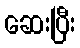
ဆေးပြီး